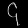
Digit: ၄